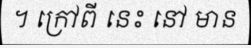
។ ក្រៅពី នេះ នៅ មាន